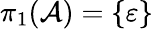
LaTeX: \pi_{1}({\cal{A}})=\{ \varepsilon\}